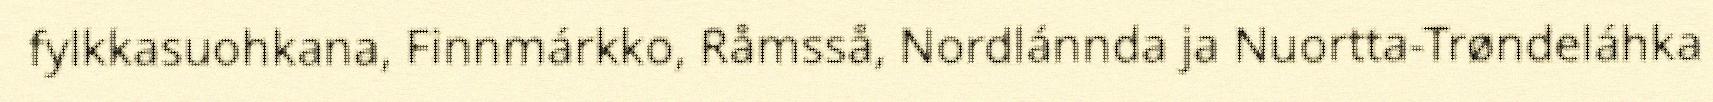
fylkkasuohkana, Finnmárkko, Råmsså, Nordlánnda ja Nuortta-Trøndeláhka